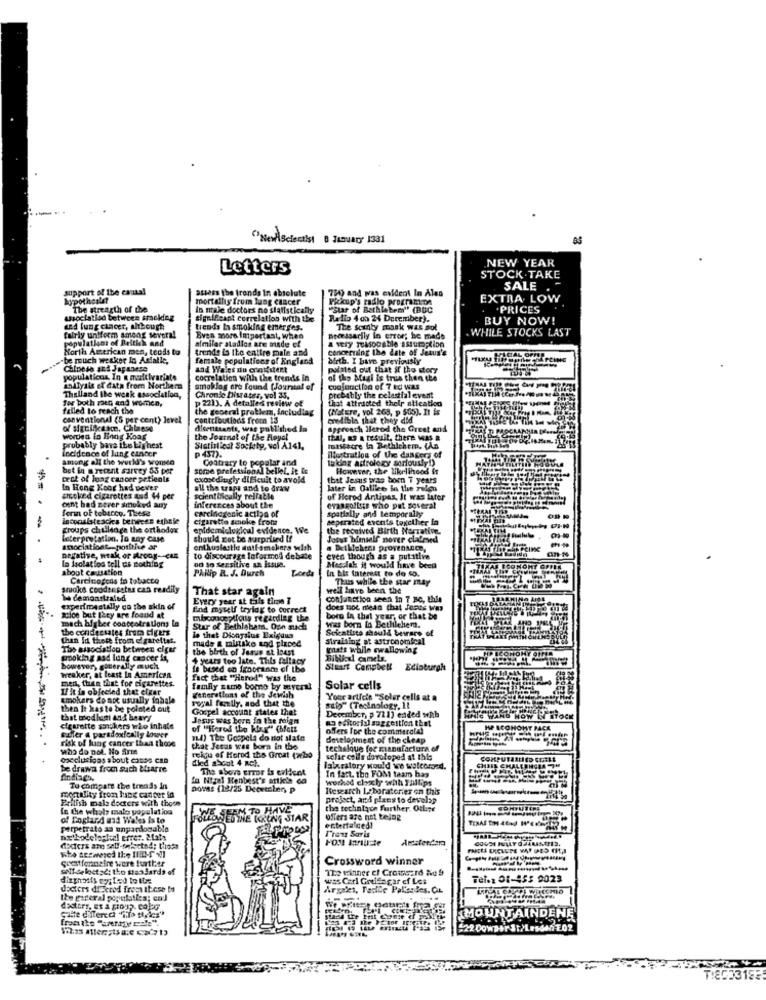
"NevAScientist 8 Januar' 1331
NEW YEAR
Letters
STOCK .TAKE
support of the canta!
assess the trends In absolute
734) and was evident In Ales
SALE
hypotheslet
Pickup's radio prograzion
EXTRA LOW
The strength of the
"Star of Bethlehem" (BUC
.PRICES
usociatiod between sracking
significant Correlation with the
Radio 4 oh 24 December).
BUY NOW!
and lung cancer, although
trends In smoking emerges.
The scenty mosk was pol
WHILE STOCKS LAST
Populations of Brithk and
fairly uniform among several
similar stadlos are made cf
Even more Important, when
necessarily in error; he made
North American men, tends to
trends is the entire male and
concerning the date of Jesus's
a very reasonable assumption
"be mouch weaker In Asialle,
female populations of England
birth. I Have previously
Chipeso and Japanese
and Wales do confident
pointed out that if the story
populaticos, In a maitivariate
cocrelation with the trends in
of tho Magi is true then the
analysis of data from Northern
Thalland the weak association,
smoklag are found (Jourstal of
cuafonction of 7 EC Was
for both men and women,
p 2213. A detalles review of
Chronic Diwases, vol 35,
that attracted their alleation
probably the celestial event
failed to reach the
the general problem, including
(Nature, vol 268, p 505). It is
conventional (5 per cent) level
contributions from 13
credible that they did
of significance. Chlaese
dicenttante, was published in
approach Herod the Great and
Worden lo Hong Kong
the Journal of the Royal
thul, &3 a result, there was a
probably bare ibe bis hest
incidence of lung cancer
Statistical Society, voi A141.
p 437).
mistacre In Bethlehem, (An
Illustration of the dangers of
among all the world's women
Contrary to popalar and
Iadag astrology seriously!)
bot in @ recent survey 53 per
some professional belleL. it is
However, the likelihood is
cest of long cancer prticole
exosediugly dificult to avoid
that Jesus was born T years
In Hong Koor had uever
all the traps and to draw
later in Galilee la the reles
choked cigarettes and 44 per
scientifically rellable
of Herod Antipas, It was later
form of tobacco. These
cent had zever smoked any
carcinogenic action of
inferences about the
eras golfers who pat several
spatially and temporally
Inconsisteacies beneces ethale
Cigaretto smoke froma
seperated events texclhier in
-
groups challenge the orthodox
epidemiological evidence, We
the received Birth Narrative
Interpretation. To any Case
should not be surprised If
Jotus himself nover claimed
Inociationt .. potttive ar
onthuglestle mutfamakers wish
. Detlichens provenance,
la Isolation tell dis nothing
negative, weak or troog-CAR
to discourage Informod debate
even though as a putative
about causation
od to Sensitive an issue.
PARlip R. J. Durch
Lorda
Megalak it would have been
In bit interest to de 40.
Carcinogens in tobacco
Thus while the star may
smoke coodenpates can readily
That star again
well have been the
Te demonstraled
Every year at tals time I
conjunction seen in 7 BC, thie
experimentally co the akin of
find myself trying to correct
does not mean that Jesus was
sice but they are found at
mach bfgber coaccotrations La
misconceptions regarding the
boro ta that year, or that be
the condessates from tigers
Star of Bethlehema. Opn such
was born in Bethlehemd.
Scientists should bevare of
than Id those from cigarettes.
Is that Dionysius Exigaus
made a mistake and placed
straiting at astronomical
The association between cigar
the birth of Jesus at in4st
whats while swallowing
prooking and lung cancer is,
+ years too late. This fallacy
Biblical camels.
however, gotterally much
is besed en fragrance of the
Stuart Campbell
Edinburgh
men, then that foe cigarettes.
weaker, at least In American
fact that "Herod" was the
If it is obfeeled that cigar
family zumo boro by several
generations of the Jewish
Solar cells
smokers do not usually fobale
Your article "Soler cells at a
then It kaste be pointed out
royal family, aod that the
Gospel account states that
saio" (Technology, 11
December, p 721) ended with
that brod ham and heavy
Jesus was born in the reign
an editorial suggestion that
HOW IN STOCK
ciewette smokers who inhale
of "Herod the kir.x" Cbfat!
offers for the commeralal
HP ICOHONT PACE
Buffer @ paradoxically lower
risk of lung cancer than those
"4) The Gospel do not slate
development of the cheap
------
who do Dol. No frie
that Jesus was born in the
techalque for manufactura of
oxeclusions a bout canos can
reins of Horod the Great (wbo
died about 4 RCL.
solar cells dovoloped at this
be drawn from such Marre
The above error is evident
In fact. the FOM taam has
laboratory would we walcersed.
In Nigel Henbest's artkeis ca
worked claxly with Faltips
Tu compare the trends in
Dovas (12/25 Decetslen, p
Research Laboratories on this
Prilish mals docters with those
montility from lung cadber io
project, and plans to develop
In the whole male population
WE SEEM TO HAVE
the techniqon further. Otline
of England and Wales is to
FOLLOWED THE KRING STAR
offers are not tejag
Pirpetrato as unpardonable
entertained!
T'ren Saris
De bodeloghal errez. 2.12hs
Suatfennelre were further
Crossword winner
-
soll-selostadt tho standards of
The winner el Crossard No 9
dizghosts egyled to tue
was Carl Goulfagar of Les
Fel.1 01-453 9023
docters diWered from these to
Arges, Facile Pal'esdes. CL
the gareral populaties; end
dasters, es a group. color
Salte differcc ""To pics"
MOUNTAINDENE
-2 Dowper It>
T:8033153